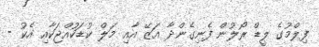
ފިލްމުގެ ލީޑް ރޯލުން ފެނިގެންދާ އަޒޭ އާއި މަލް ކުޑަކުއްޖަކާއި އެކު -